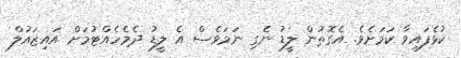
ކުޅެފައިވާ ކަމަށެވެ. އެގޮތުން ލީޑު ނެގި ނަމަވެސް އެ ލީޑު ދެމެހެއްޓުމަށް އައިޒައުލް